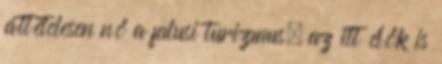
áttételesen nő a falusi turizmus, az itt élők is